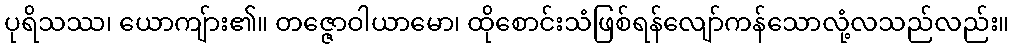
ပုရိသဿ၊ ယောကျ်ား၏။ တဇ္ဇောဝါယာမော၊ ထိုစောင်းသံဖြစ်ရန်လျော်ကန်သောလုံ့လသည်လည်း။